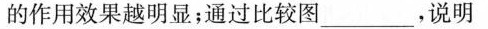
的作用效果越明显；通过比较图\underline，说明